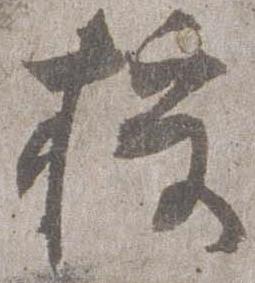
授